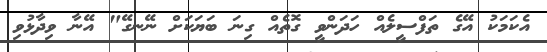
އެކަމަކު އޭގެ ތަފްސީލެއް ހަދަންވީ ގޮތެއް ގިނަ ބަޔަކަށް ނޭނގޭ" އޭނާ ވިދާޅުވި